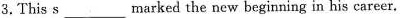
3.This s_____marked the new beginning in his career.